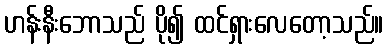
ဟန်းနီးဘောသည် ပို၍ ထင်ရှားလေတော့သည်။